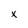
Character: x